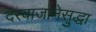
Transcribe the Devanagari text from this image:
दरवाजानेसुद्धा